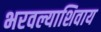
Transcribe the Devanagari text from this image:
भरवल्याशिवाय